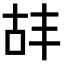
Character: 𫧡